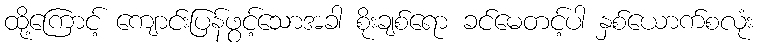
ထို့ကြောင့် ကျောင်းပြန်ဖွင့်သောအခါ စိုးချစ်ရော ခင်မေတင့်ပါ နှစ်ယောက်စလုံး